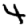
Digit: 4